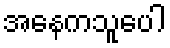
အနေကသူပေါ